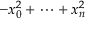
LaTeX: - x _ { 0 } ^ { 2 } + \cdots + x _ { n } ^ { 2 }